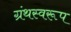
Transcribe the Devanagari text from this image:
ग्रंथस्वरूप